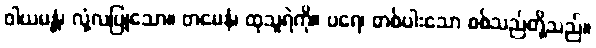
ဝါယမန္တံ၊ လုံ့လပြုသော။ တမေနံ၊ ထုသူရဲကို။ ပရေ၊ တစ်ပါးသော စစ်သည်တို့သည်။